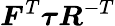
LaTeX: {\boldsymbol{F}}^{T}{\boldsymbol{\tau}}{\boldsymbol{R}}^{-T}